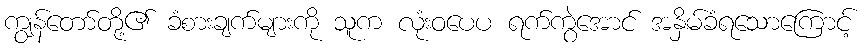
ကျွန်တော်တို့၏ ခံစားချက်များကို သူက လုံးဝပေပ ရက်ကွဲအောင် အနှိမ်ခံရသောကြောင့်